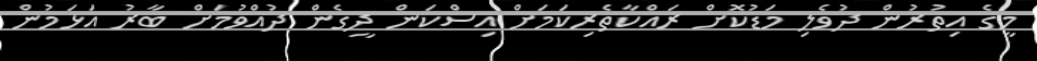
މީގެ އިތުރުން ދުވެލި މަޑުކޮށް ރައްކާތެރިކަމަށް އިސްކަން ދީގެން ދުއްވުމަށް ބާރު އަޅަމުން